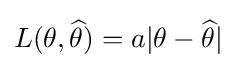
L(\theta ,{\widehat {\theta }})=a|\theta -{\widehat {\theta }}|